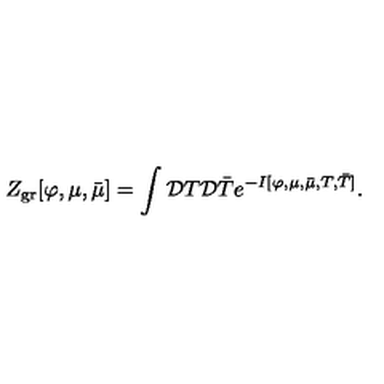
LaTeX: Z _ { \mathrm { g r } } [ \varphi , \mu , \bar { \mu } ] = \int { \cal D } T { \cal D } \bar { T } e ^ { - I [ \varphi , \mu , \bar { \mu } , T , \bar { T } ] } .